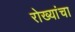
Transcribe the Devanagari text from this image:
रोख्यांचा